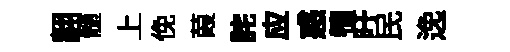
翿髄上俛葭詫应惑犢吁民𨓜